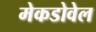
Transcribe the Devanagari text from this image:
मेकडोवेल